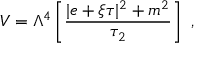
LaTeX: V = \Lambda ^ { 4 } \left[ { \frac { | e + \xi \tau | ^ { 2 } + m ^ { 2 } } { \tau _ { 2 } } } \right] \ ,